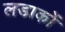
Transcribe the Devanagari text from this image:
लडाकों